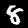
Label: 8